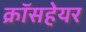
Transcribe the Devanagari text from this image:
क्रॉसहेयर